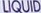
LIQUID